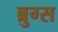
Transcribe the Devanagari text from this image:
ब्रुग्स